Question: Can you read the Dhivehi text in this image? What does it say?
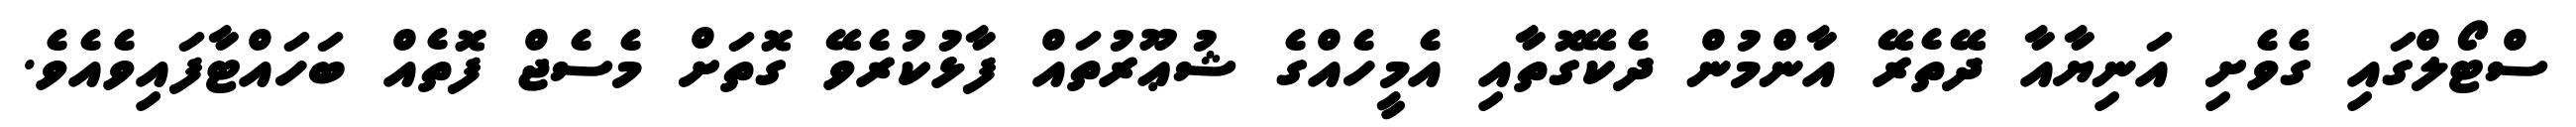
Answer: ސްޓޯލްގައި ގެވެށި އަނިޔާއާ ދޭތެރޭ އާންމުން ދެކޭގޮތާއި އެމީހެއްގެ ޝުޢޫރުތައް ފާޅުކުރެވޭ ގޮތަށް މެސެޖް ފޮތެއް ބަހައްޓާފައިވެއެވެ.